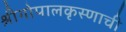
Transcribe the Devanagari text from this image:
श्रीगोपालकृस्णाची